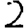
Digit: 2